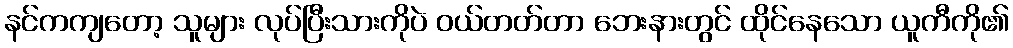
နင်ကကျတော့ သူများ လုပ်ပြီးသားကိုပဲ ဝယ်တတ်တာ ဘေးနားတွင် ထိုင်နေသော ယူကီကို၏